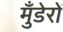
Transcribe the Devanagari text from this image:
मुँडेरों